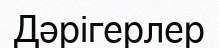
Дәрігерлер